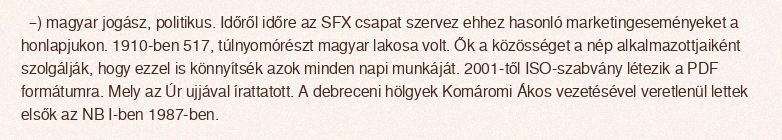
–) magyar jogász, politikus. Időről időre az SFX csapat szervez ehhez hasonló marketingeseményeket a honlapjukon. 1910-ben 517, túlnyomórészt magyar lakosa volt. Ők a közösséget a nép alkalmazottjaiként szolgálják, hogy ezzel is könnyítsék azok minden napi munkáját. 2001-től ISO-szabvány létezik a PDF formátumra. Mely az Úr ujjával írattatott. A debreceni hölgyek Komáromi Ákos vezetésével veretlenül lettek elsők az NB I-ben 1987-ben.